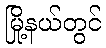
မြို့နယ်တွင်